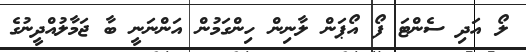
ލޯ އަދި ސެންޓަ ފޯ އޯޕަން ލާނިން ހިންގަމުން އަންނަނީ ބާ ޖަމާލުއްދީނުގެ